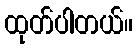
ထုတ်ပါတယ်။